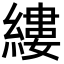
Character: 縷